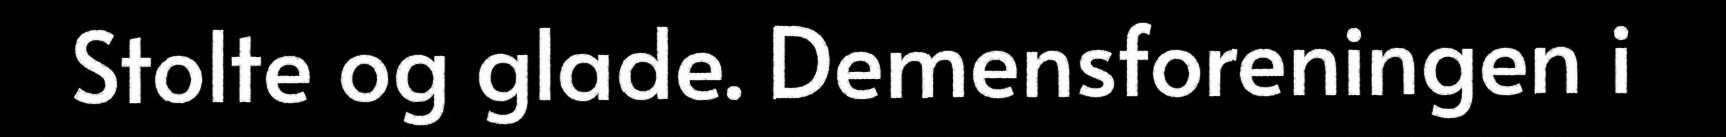
Stolte og glade. Demensforeningen i